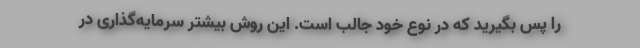
را پس بگیرید که در نوع خود جالب است. این روش بیشتر سرمایه‌گذاری در